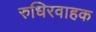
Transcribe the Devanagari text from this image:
रुधिरवाहक